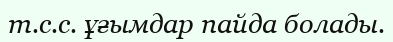
т.с.с. ұғымдар пайда болады.